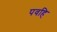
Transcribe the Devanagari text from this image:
पवहि